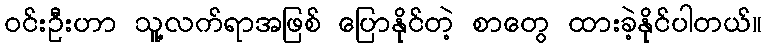
ဝင်းဦးဟာ သူ့လက်ရာအဖြစ် ပြောနိုင်တဲ့ စာတွေ ထားခဲ့နိုင်ပါတယ်။